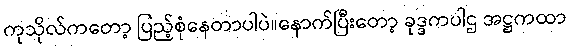
ကုသိုလ်ကတော့ ပြည့်စုံနေတာပါပဲ။နောက်ပြီးတော့ ခုဒ္ဒကပါဌ အဋ္ဌကထာ